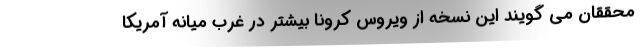
محققان می گویند این نسخه از ویروس کرونا بیشتر در غرب میانه آمریکا